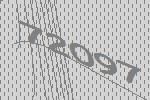
72097